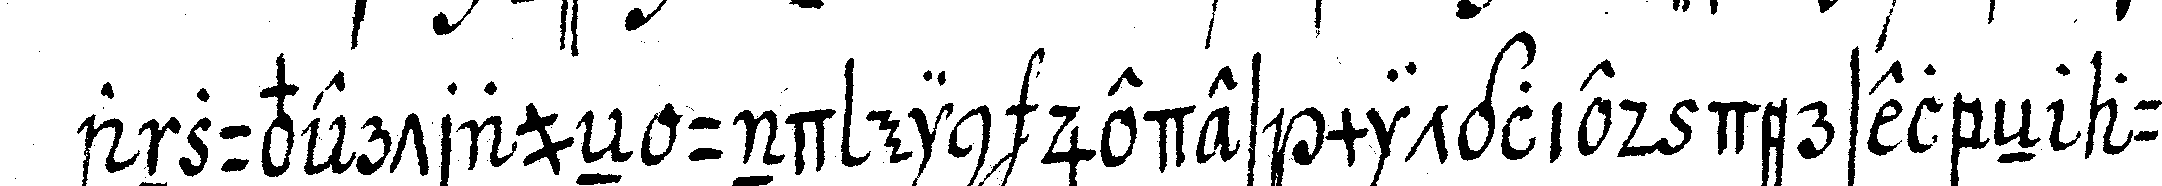
anzuvertraueN und ein jedes mitglied derselbeN auf